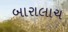
બારાલાચ